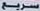
سریع